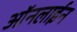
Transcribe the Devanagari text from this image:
आॅनलाईन